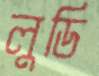
লুডি